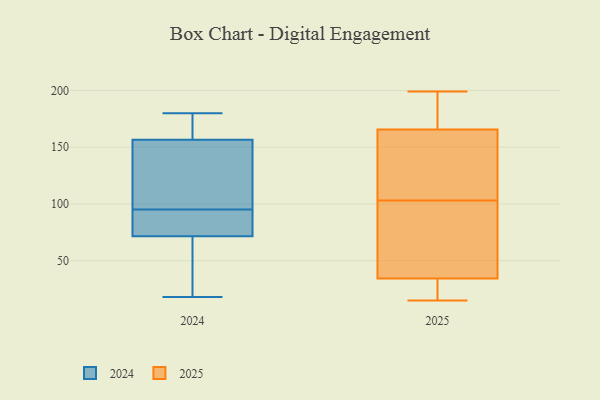
{"axis": {"x": "Temperature (°C)", "y": "Value"}, "legend": ["2024", "2025"], "data": [{"x": "", "y": 18, "type": "2024"}, {"x": "", "y": 158, "type": "2024"}, {"x": "", "y": 155, "type": "2024"}, {"x": "", "y": 66, "type": "2024"}, {"x": "", "y": 170, "type": "2024"}, {"x": "", "y": 68, "type": "2024"}, {"x": "", "y": 174, "type": "2024"}, {"x": "", "y": 80, "type": "2024"}, {"x": "", "y": 146, "type": "2024"}, {"x": "", "y": 101, "type": "2024"}, {"x": "", "y": 180, "type": "2024"}, {"x": "", "y": 75, "type": "2024"}, {"x": "", "y": 21, "type": "2024"}, {"x": "", "y": 155, "type": "2024"}, {"x": "", "y": 86, "type": "2024"}, {"x": "", "y": 89, "type": "2024"}, {"x": "", "y": 158, "type": "2025"}, {"x": "", "y": 15, "type": "2025"}, {"x": "", "y": 21, "type": "2025"}, {"x": "", "y": 150, "type": "2025"}, {"x": "", "y": 32, "type": "2025"}, {"x": "", "y": 134, "type": "2025"}, {"x": "", "y": 170, "type": "2025"}, {"x": "", "y": 168, "type": "2025"}, {"x": "", "y": 74, "type": "2025"}, {"x": "", "y": 29, "type": "2025"}, {"x": "", "y": 172, "type": "2025"}, {"x": "", "y": 41, "type": "2025"}, {"x": "", "y": 199, "type": "2025"}, {"x": "", "y": 58, "type": "2025"}, {"x": "", "y": 103, "type": "2025"}]}